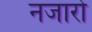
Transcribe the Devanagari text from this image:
नजारो